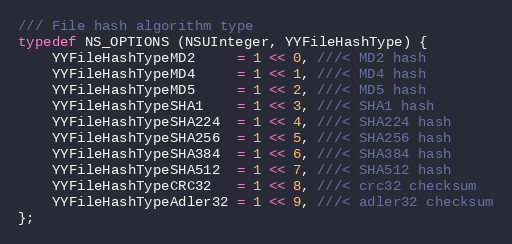
Language: C
/// File hash algorithm type
typedef NS_OPTIONS (NSUInteger, YYFileHashType) {
    YYFileHashTypeMD2     = 1 << 0, ///< MD2 hash
    YYFileHashTypeMD4     = 1 << 1, ///< MD4 hash
    YYFileHashTypeMD5     = 1 << 2, ///< MD5 hash
    YYFileHashTypeSHA1    = 1 << 3, ///< SHA1 hash
    YYFileHashTypeSHA224  = 1 << 4, ///< SHA224 hash
    YYFileHashTypeSHA256  = 1 << 5, ///< SHA256 hash
    YYFileHashTypeSHA384  = 1 << 6, ///< SHA384 hash
    YYFileHashTypeSHA512  = 1 << 7, ///< SHA512 hash
    YYFileHashTypeCRC32   = 1 << 8, ///< crc32 checksum
    YYFileHashTypeAdler32 = 1 << 9, ///< adler32 checksum
};